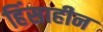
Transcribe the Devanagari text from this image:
हिंसाहीन